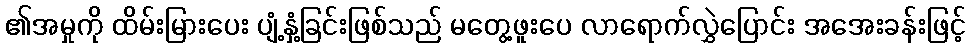
၏အမှုကို ထိမ်းမြားပေး ပျံ့နှံ့ခြင်းဖြစ်သည် မတွေ့ဖူးပေ လာရောက်လွှဲပြောင်း အအေးခန်းဖြင့်